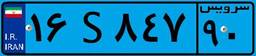
۶۷S۳۲۹۷۹